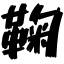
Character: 鞠